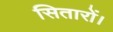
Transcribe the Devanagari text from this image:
सितारों।